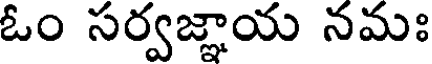
ఓం సర్వజ్ఞాయ నమః